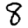
Digit: 8